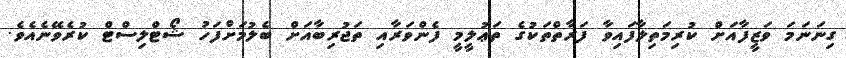
ގިނަނަމަ ވަޒީފާއަށް ކުރިމަތިލާފައިވާ ފަރާތްތަކުގެ ތަޢުލީމީ ފެންވަރާއި ތަޖުރިބާއަށް ބެލުމަށްފަހު ޝޯޓްލިސްޓް ކުރެވޭނެއެވެ.